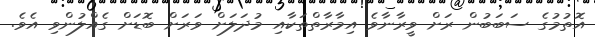
އޮތުމުގެ ސަބަބުން ރަށް ވީރާނާވެ އިމާރާތްތަކާއި މުދަލަށް ވަރަށް ބޮޑަށް ގެއްލުންވި އެވެ.